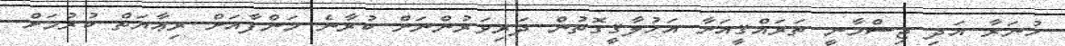
ހުނަރާ އަދި ޖިސްމާނީ ތަރައްޤީއަށާ އަޚުލާޤީގޮތުން ދަރިވަރުންނަށް ކުރާނެ މަންފާއަށް ރިޢާޔަތް ކުރުމަށް